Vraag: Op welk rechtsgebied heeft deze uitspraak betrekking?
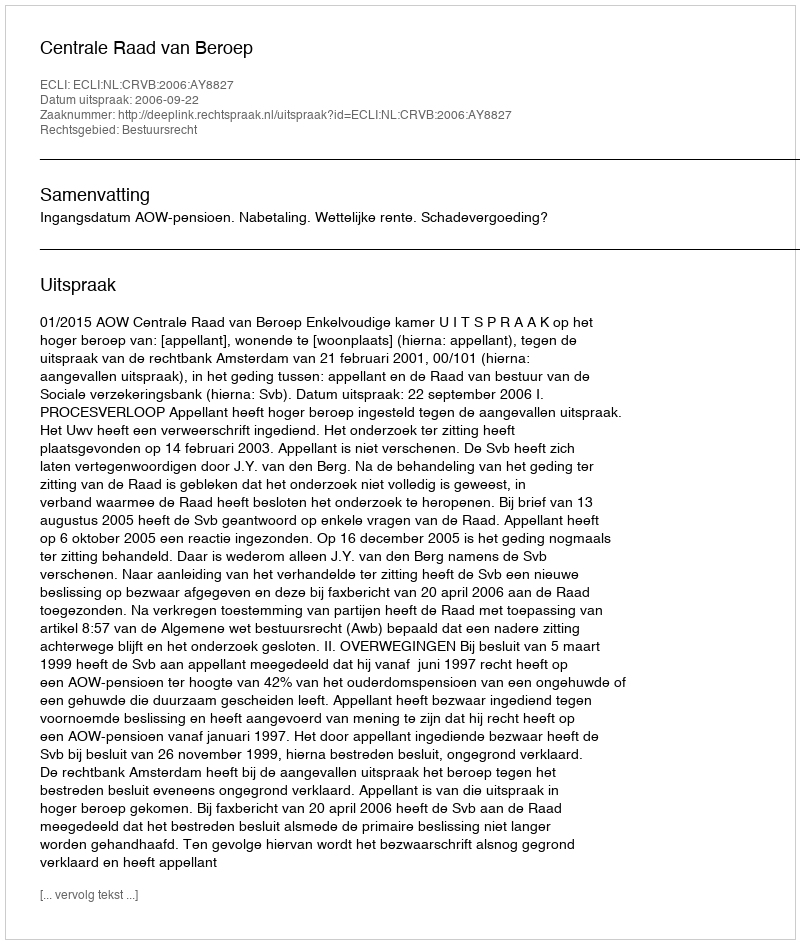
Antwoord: Bestuursrecht